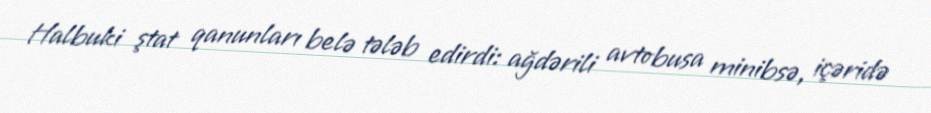
Halbuki ştat qanunları belə tələb edirdi: ağdərili avtobusa minibsə, içəridə